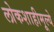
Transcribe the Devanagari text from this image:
लोकशाहीमूल्ये